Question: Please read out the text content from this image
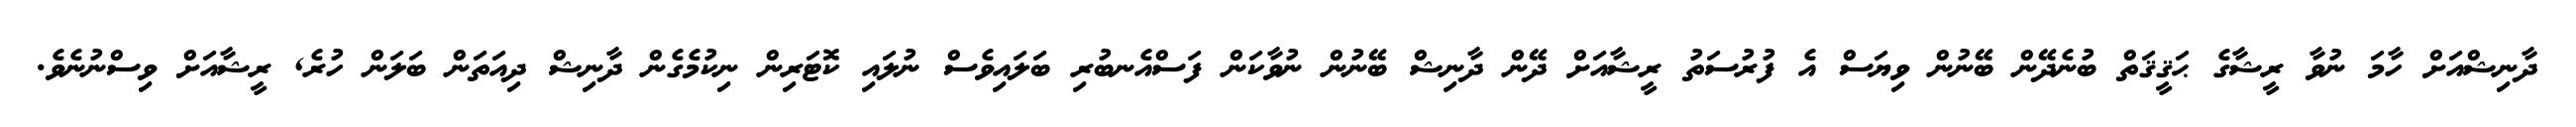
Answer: ދާނިޝްއަށް ހާމަ ނުވާ ރީޝާގެ ޙަޤީޤަތް ބުނެދޭން ބޭނުން ވިޔަސް އެ ފުރުސަތު ރީޝާއަށް ދޭން ދާނިޝް ބޭނުން ނުވާކަން ފަސްއެނބުރި ބަލައިވެސް ނުލައި ކޮޓަރިން ނިކުމެގެން ދާނިޝް ދިއަތަން ބަލަން ހުރެ, ރީޝާއަށް ވިސްނުނެވެ.